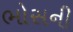
ભોસની